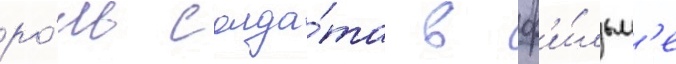
ро́ль солда́та в ф'и́льм'е